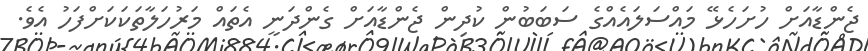
ޖެންޑާއަށް ހުށަހެޅޭ މައްސަލައެއްގެ ސަބަބުން ކުދިން ޖެންޑާއަށް ގެންދަނީ އެތައް މަރުހަލާތަކަކަށްފަހު އެވެ.